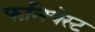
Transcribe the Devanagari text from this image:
फनियेस्ट